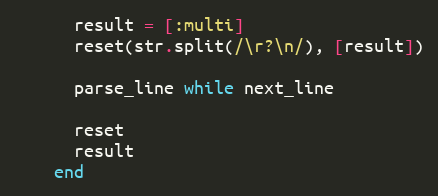
Language: Ruby
      result = [:multi]
      reset(str.split(/\r?\n/), [result])

      parse_line while next_line

      reset
      result
    end